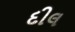
દીલ